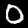
Label: 0